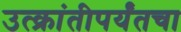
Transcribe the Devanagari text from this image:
उत्क्रांतीपर्यंतचा